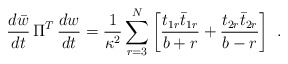
\begin{align*}{d\bar w \over dt}\,\Pi^T \,{dw \over dt} = {1 \over \kappa^2} \sum_{r=3}^N \left[ {t_{1r} \bar t_{1r} \over b+r } + {t_{2r} \bar t_{2r} \over b-r }\right] \, \,.\end{align*}